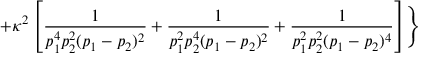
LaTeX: + \kappa ^ { 2 } \left[ { \frac { 1 } { p _ { 1 } ^ { 4 } p _ { 2 } ^ { 2 } ( p _ { 1 } - p _ { 2 } ) ^ { 2 } } } + { \frac { 1 } { p _ { 1 } ^ { 2 } p _ { 2 } ^ { 4 } ( p _ { 1 } - p _ { 2 } ) ^ { 2 } } } + { \frac { 1 } { p _ { 1 } ^ { 2 } p _ { 2 } ^ { 2 } ( p _ { 1 } - p _ { 2 } ) ^ { 4 } } } \right] \Biggr \}